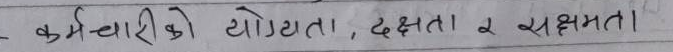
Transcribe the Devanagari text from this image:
कर्मचारीको योग्यता, दक्षता र सक्षमता।